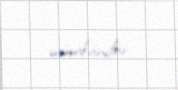
mümkündür.